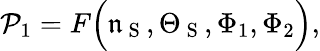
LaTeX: \mathcal{P}_{1}=F\Big(\mathfrak{n}_{\mathrm{~S~}},{\Theta}_{\mathrm{~S~}},\Phi_{1},\Phi_{2}\Big),